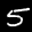
Label: 5